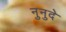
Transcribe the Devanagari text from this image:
नुनुदे